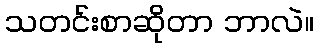
သတင်းစာဆိုတာ ဘာလဲ။